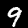
Label: 9